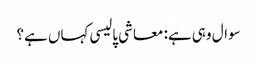
سوال وہی ہے: معاشی پالیسی کہاں ہے؟